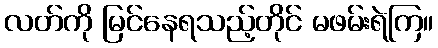
လတ်ကို မြင်နေရသည့်တိုင် မဖမ်းရဲကြ။